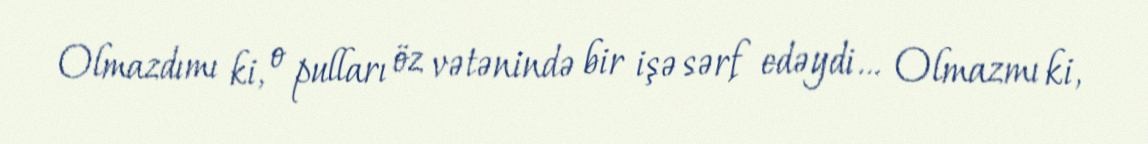
Olmazdımı ki, o pulları öz vətənində bir işə sərf edəydi… Olmazmı ki,